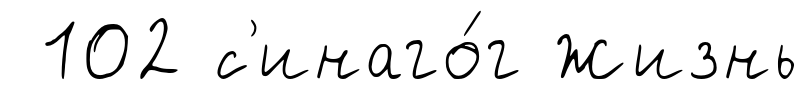
102 с'инаго́г Жизнь